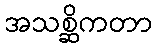
အသစ္ဆိကတာ